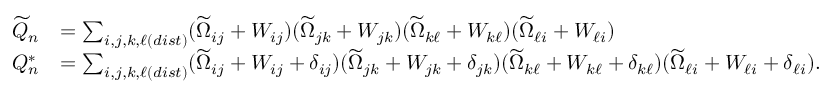
\begin{array} { r l } { \widetilde { Q } _ { n } } & { = \sum _ { i , j , k , \ell ( d i s t ) } ( \widetilde { \Omega } _ { i j } + W _ { i j } ) ( \widetilde { \Omega } _ { j k } + W _ { j k } ) ( \widetilde { \Omega } _ { k \ell } + W _ { k \ell } ) ( \widetilde { \Omega } _ { \ell i } + W _ { \ell i } ) } \\ { Q _ { n } ^ { * } } & { = \sum _ { i , j , k , \ell ( d i s t ) } ( \widetilde { \Omega } _ { i j } + W _ { i j } + \delta _ { i j } ) ( \widetilde { \Omega } _ { j k } + W _ { j k } + \delta _ { j k } ) ( \widetilde { \Omega } _ { k \ell } + W _ { k \ell } + \delta _ { k \ell } ) ( \widetilde { \Omega } _ { \ell i } + W _ { \ell i } + \delta _ { \ell i } ) . } \end{array}